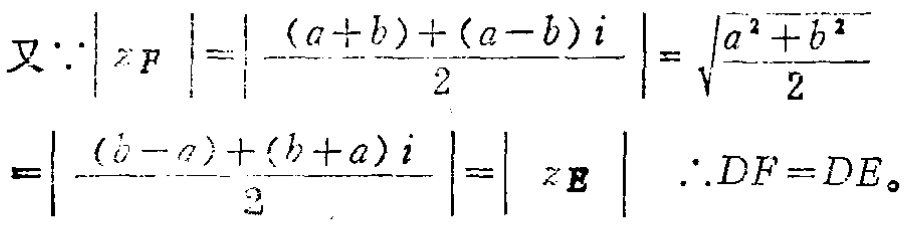
\[
\begin{align*}
又\because\left| z_F \right|&=\left| \frac{(a + b)+(a - b)i}{2} \right|=\sqrt{\frac{a^{2}+b^{2}}{2}}\\
&=\left| \frac{(b - a)+(b + a)i}{2} \right|=\left| z_E \right| \quad \therefore DF = DE。
\end{align*}
\]